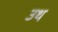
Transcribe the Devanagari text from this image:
उथ